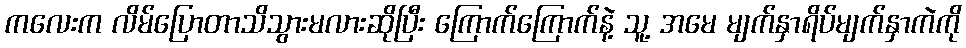
ကလေးက လိမ်ပြောတာသိသွားမလားဆိုပြီး ကြောက်ကြောက်နဲ့ သူ့ အမေ မျက်နှာရိပ်မျက်နှာကဲကို